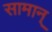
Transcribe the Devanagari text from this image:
सामान्